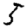
Digit: 5